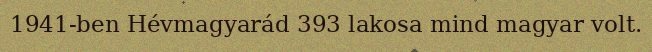
1941-ben Hévmagyarád 393 lakosa mind magyar volt.